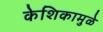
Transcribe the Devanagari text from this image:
केशिकामुळे